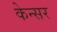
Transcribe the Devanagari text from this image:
केन्सर